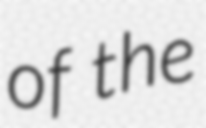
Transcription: of the